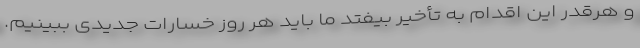
و هرقدر این اقدام به تأخیر بیفتد ما باید هر روز خسارات جدیدی ببینیم.